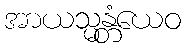
အာယသ္မန္တံယေဝ